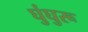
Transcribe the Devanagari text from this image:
घुंघुरू